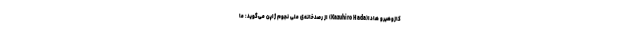
کازوهیرو هادا(Kazuhiro Hada) از رصدخانه‌ی ملی نجوم ژاپن می‌گوید: ما